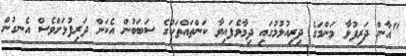
"އާން ދަރިފުޅާ މަންމަގެ ދިރިއުޅުމުގައި ދިމާވެފައިވާ ކަންތައްތަކުގެ ސަބަބުން އެކަން ދަރިފުޅަށްވެސް އެނގުން